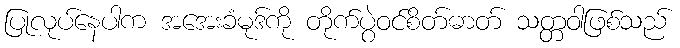
ပြုလုပ်နေပါက အအေးခံမုဒ်ကို တိုက်ပွဲဝင်စိတ်ဓာတ် သတ္တဝါဖြစ်သည်